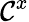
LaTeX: \mathcal{C}^{x}